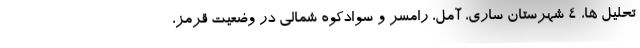
تحلیل ها، ۴ شهرستان ساری، آمل، رامسر و سوادکوه شمالی در وضعیت قرمز،